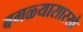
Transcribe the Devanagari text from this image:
बगळ्यासारखे